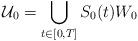
LaTeX: \begin{align*}\mathcal{U}_0 = \bigcup_{t\in[0,T]} S_0(t)W_0\end{align*}